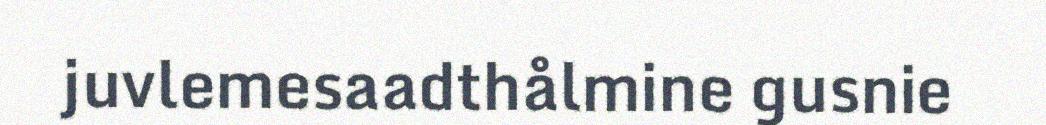
juvlemesaadthålmine gusnie